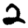
Digit: 2